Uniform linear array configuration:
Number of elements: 24
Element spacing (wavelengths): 0.25
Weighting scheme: binomial
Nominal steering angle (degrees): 0
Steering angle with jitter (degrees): -1.908
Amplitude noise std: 0.05
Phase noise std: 0.05

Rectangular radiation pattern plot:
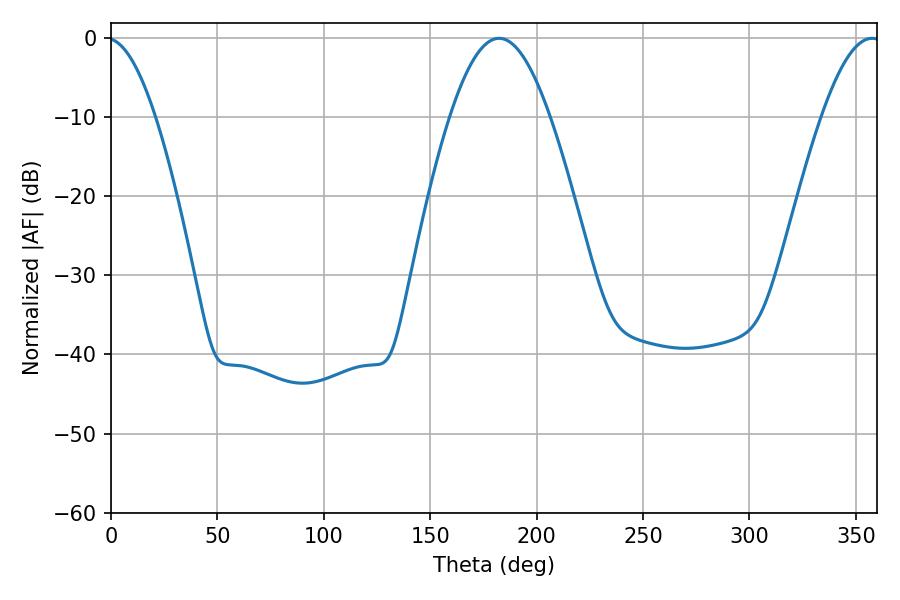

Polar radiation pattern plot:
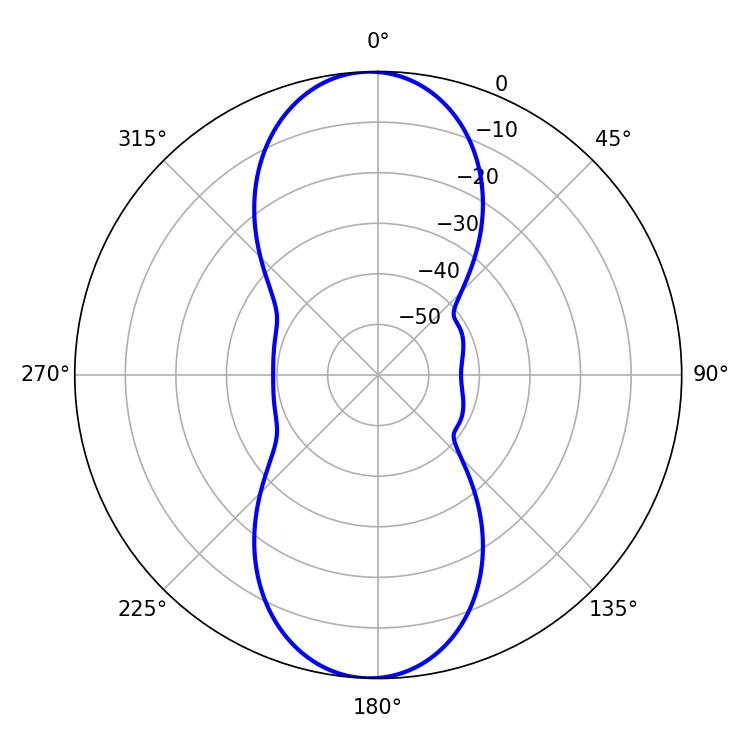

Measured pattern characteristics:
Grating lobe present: FALSE
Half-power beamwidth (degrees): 25.38
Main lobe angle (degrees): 182.34